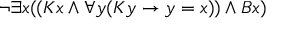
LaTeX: \lnot \exists x ( ( K x \land \forall y ( K y \rightarrow y = x ) ) \land B x )